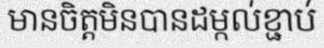
មានចិត្តមិនបានដម្កល់ខ្ជាប់